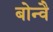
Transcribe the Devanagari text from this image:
बोन्वै